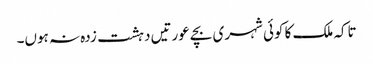
تاکہ ملک کا کوئی شہری بچے عورتیں دہشت زدہ نہ ہوں۔